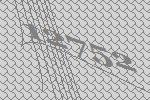
12752